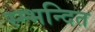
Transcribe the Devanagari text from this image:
स्म्भन्दित